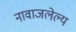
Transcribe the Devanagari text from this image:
नावाजलेल्य